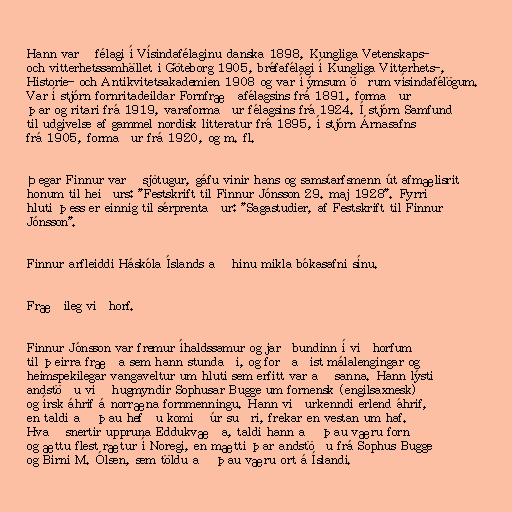
Hann varð félagi í Vísindafélaginu danska 1898, Kungliga Vetenskaps-
och vitterhetssamhället i Göteborg 1905, bréfafélagi í Kungliga Vitterhets-,
Historie- och Antikvitetsakademien 1908 og var í ýmsum öðrum vísindafélögum.
Var í stjórn fornritadeildar Fornfræðafélagsins frá 1891, formaður
þar og ritari frá 1919, varaformaður félagsins frá 1924. Í stjórn Samfund
til udgivelse af gammel nordisk litteratur frá 1895, í stjórn Árnasafns
frá 1905, formaður frá 1920, og m. fl.

Þegar Finnur varð sjötugur, gáfu vinir hans og samstarfsmenn út afmælisrit
honum til heiðurs: "Festskrift til Finnur Jónsson 29. maj 1928". Fyrri
hluti þess er einnig til sérprentaður: "Sagastudier, af Festskrift til Finnur
Jónsson".

Finnur arfleiddi Háskóla Íslands að hinu mikla bókasafni sínu.

Fræðileg viðhorf.

Finnur Jónsson var fremur íhaldssamur og jarðbundinn í viðhorfum
til þeirra fræða sem hann stundaði, og forðaðist málalengingar og
heimspekilegar vangaveltur um hluti sem erfitt var að sanna. Hann lýsti
andstöðu við hugmyndir Sophusar Bugge um fornensk (engilsaxnesk)
og írsk áhrif á norræna fornmenningu. Hann viðurkenndi erlend áhrif,
en taldi að þau hefðu komið úr suðri, frekar en vestan um haf.
Hvað snertir uppruna Eddukvæða, taldi hann að þau væru forn
og ættu flest rætur í Noregi, en mætti þar andstöðu frá Sophus Bugge
og Birni M. Ólsen, sem töldu að þau væru ort á Íslandi.